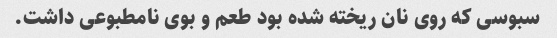
سبوسی که روی نان ریخته شده بود طعم و بوی نامطبوعی داشت.